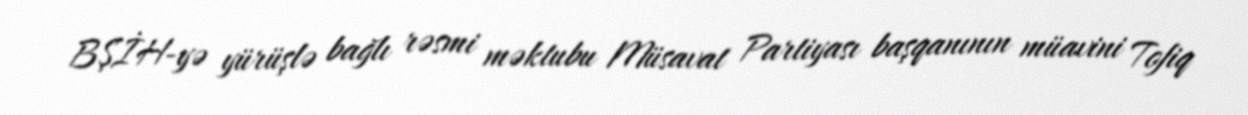
BŞİH-yə yürüşlə bağlı rəsmi məktubu Müsavat Partiyası başqanının müavini Tofiq